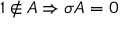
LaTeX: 1 \notin A \Rightarrow \sigma A = 0